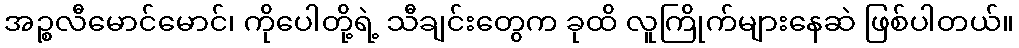
အဉ္စလီမောင်မောင်၊ ကိုပေါတို့ရဲ့ သီချင်းတွေက ခုထိ လူကြိုက်များနေဆဲ ဖြစ်ပါတယ်။